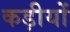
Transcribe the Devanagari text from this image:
कड़ीयों